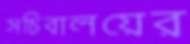
সচিবালয়ের